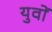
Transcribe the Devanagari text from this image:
युवों